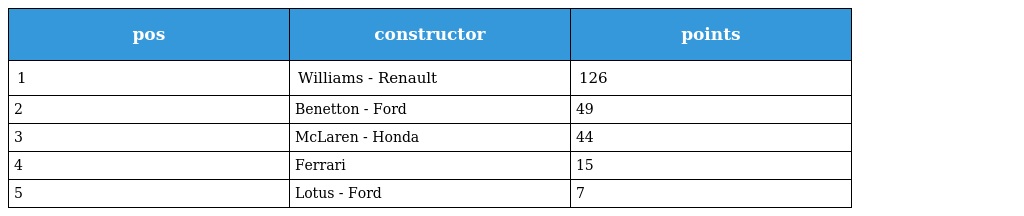
| pos | constructor | points |
 | --- | --- | --- |
 | 1 | Williams - Renault | 126 |
 | 2 | Benetton - Ford | 49 |
 | 3 | McLaren - Honda | 44 |
 | 4 | Ferrari | 15 |
 | 5 | Lotus - Ford | 7 |